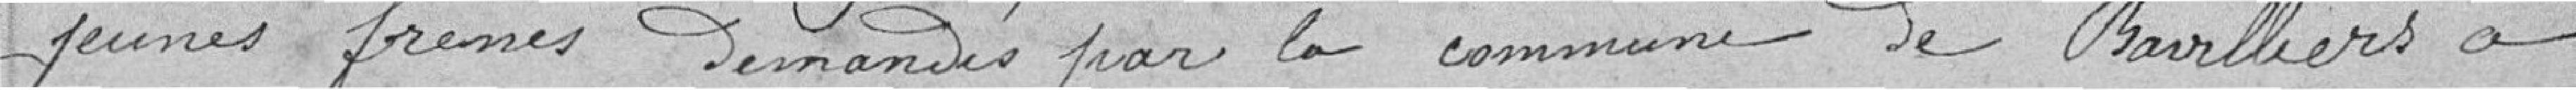
jeunes frênes demandés par la commune de Bavilliers à